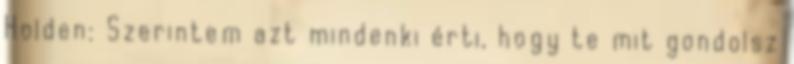
Holden: Szerintem azt mindenki érti, hogy te mit gondolsz